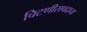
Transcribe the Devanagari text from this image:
चिटणीसपदाचा